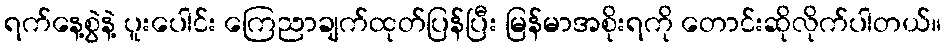
ရက်နေ့စွဲနဲ့ ပူးပေါင်း ကြေညာချက်ထုတ်ပြန်ပြီး မြန်မာအစိုးရကို တောင်းဆိုလိုက်ပါတယ်။